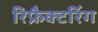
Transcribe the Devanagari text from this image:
रिफ्रैक्टरिंग